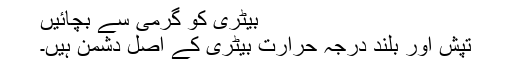
بیٹری کو گرمی سے بچائیں
تپش اور بلند درجہ حرارت بیٹری کے اصل دشمن ہیں۔